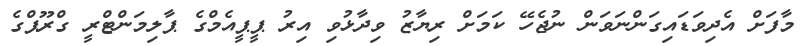
މާފަށް އެދިވަޑައިގަންނަވަން ނުޖެހޭ ކަމަށް ރިޔާޒު ވިދާޅުވި އިރު ޕީޕީއެމްގެ ޕާލިމަންޓްރީ ގްރޫޕްގެ